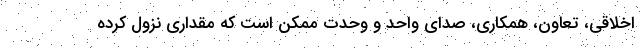
اخلاقی، تعاون، همکاری، صدای واحد و وحدت ممکن است که مقداری نزول کرده